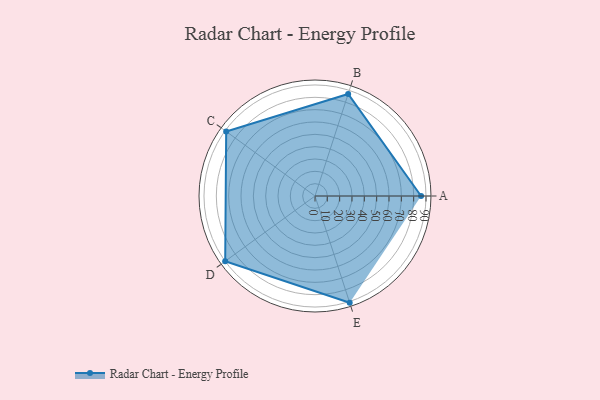
{"axis": {"x": "Skill", "y": "Score"}, "legend": ["Profile"], "data": [{"x": "A", "y": 86.0, "type": "Profile"}, {"x": "B", "y": 87.0, "type": "Profile"}, {"x": "C", "y": 89.0, "type": "Profile"}, {"x": "D", "y": 90.0, "type": "Profile"}, {"x": "E", "y": 91.0, "type": "Profile"}]}